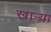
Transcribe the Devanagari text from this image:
खाऱ्य़ा